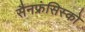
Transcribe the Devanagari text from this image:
सैनफ्रंसिस्को